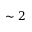
\sim 2